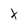
Character: X